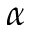
\alpha